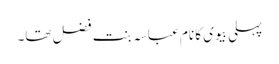
پہلی بیوی کا نام عباسہ بنت فضل تھا۔